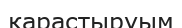
қарастыруым